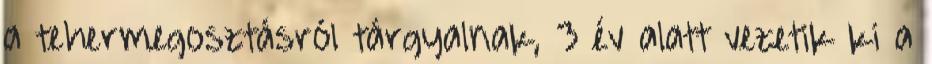
a tehermegosztásról tárgyalnak, 3 év alatt vezetik ki a